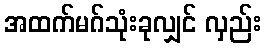
အထက်မဂ်သုံးခုလျှင် လှည်း